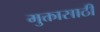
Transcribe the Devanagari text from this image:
मुक्तासाठी